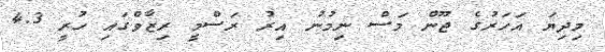
މިދިޔަ އަހަރުގެ ޖޫން މަސް ނިމުނު އިރު ރަސްމީ ރިޒާވްގައި ހުރީ 4.3